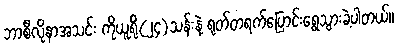
ဘာစီလိုနာအသင်း ကိုယူရို(၂၄)သန်းနဲ့ ရုတ်တရက်ပြောင်းရွေသွားခဲ့ပါတယ်။